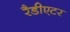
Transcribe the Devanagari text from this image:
रैडीएटर